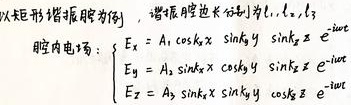
以矩形谐振腔为例，谐振腔边长分别为$l_1, l_2, l_3$

腔内电场：
\[
\begin{cases}
E_x = A_1 \cos k_x x \sin k_y y \sin k_z z \ e^{-i\omega t}\\
E_y = A_2 \sin k_x x \cos k_y y \sin k_z z \ e^{-i\omega t}\\
E_z = A_3 \sin k_x x \sin k_y y \cos k_z z \ e^{-i\omega t}
\end{cases}
\]